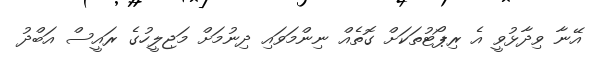
އޭނާ ވިދާޅުވީ އެ ރިޕޯޓުތަކަށް ގޮތެއް ނިންމަވައި ދިނުމަށް މަޖިލީހުގެ ރައީސް އަބްދު